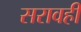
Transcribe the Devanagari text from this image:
सरावही